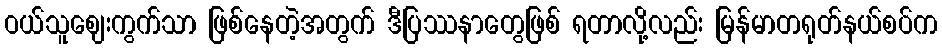
ဝယ်သူဈေးကွက်သာ ဖြစ်နေတဲ့အတွက် ဒီပြဿနာတွေဖြစ် ရတာလို့လည်း မြန်မာတရုတ်နယ်စပ်က